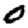
Digit: 0